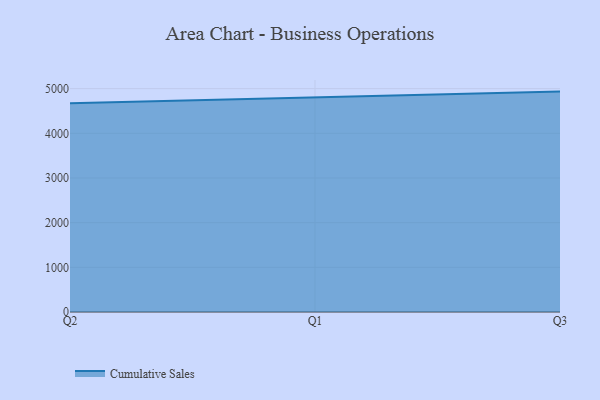
{"axis": {"x": "Quarter", "y": "Budget (USD K)"}, "legend": ["Cumulative Sales"], "data": [{"x": "Q2", "y": 4673.0, "type": "Cumulative Sales"}, {"x": "Q1", "y": 4808.9, "type": "Cumulative Sales"}, {"x": "Q3", "y": 4933.8, "type": "Cumulative Sales"}]}